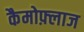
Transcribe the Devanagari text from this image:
कैमोफ़्लाज